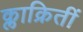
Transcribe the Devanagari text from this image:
क्लाक्रितीं